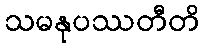
သမနုပဿတီတိ